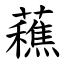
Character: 䕴